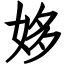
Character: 姼